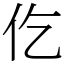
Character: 仡